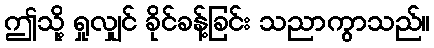
ဤသို့ ရှုလျှင် ခိုင်ခန့်ခြင်း သညာကွာသည်။